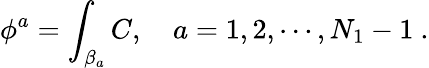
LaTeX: \phi^{a}=\int_{\beta_{a}}C,\quad a=1,2,\cdots,N_{1}-1\ .